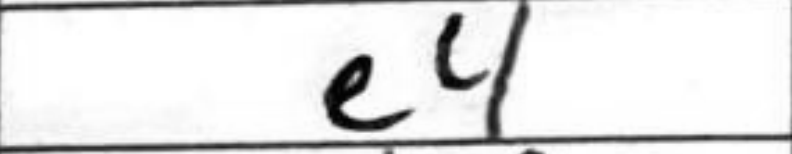
Transcription: e4